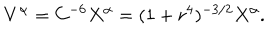
LaTeX: V ^ { \alpha } = C ^ { - 6 } X ^ { \alpha } = ( 1 + r ^ { 4 } ) ^ { - 3 / 2 } X ^ { \alpha } .